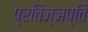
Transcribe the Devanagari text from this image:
प्रतिज्ञप्ति